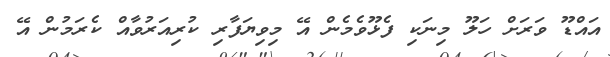
އައްޑޫ ވަރަށް ހަލޫ މިނަކި ފެޅޫވެމެން އޭ މިވިޔަފާރި ކުރިއަރުވާއް ކެރަމުން އޭ